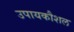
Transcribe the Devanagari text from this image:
उपायकौशल